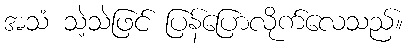
အသံ သဲ့သဲဖြင် ပြန်ပြောလိုက်လေသည်။